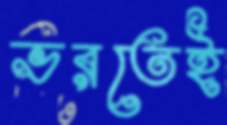
ভরতেই